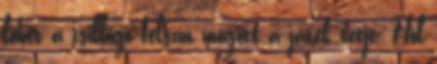
lehet a csillogó felszín mögött a játék tétje. Hol